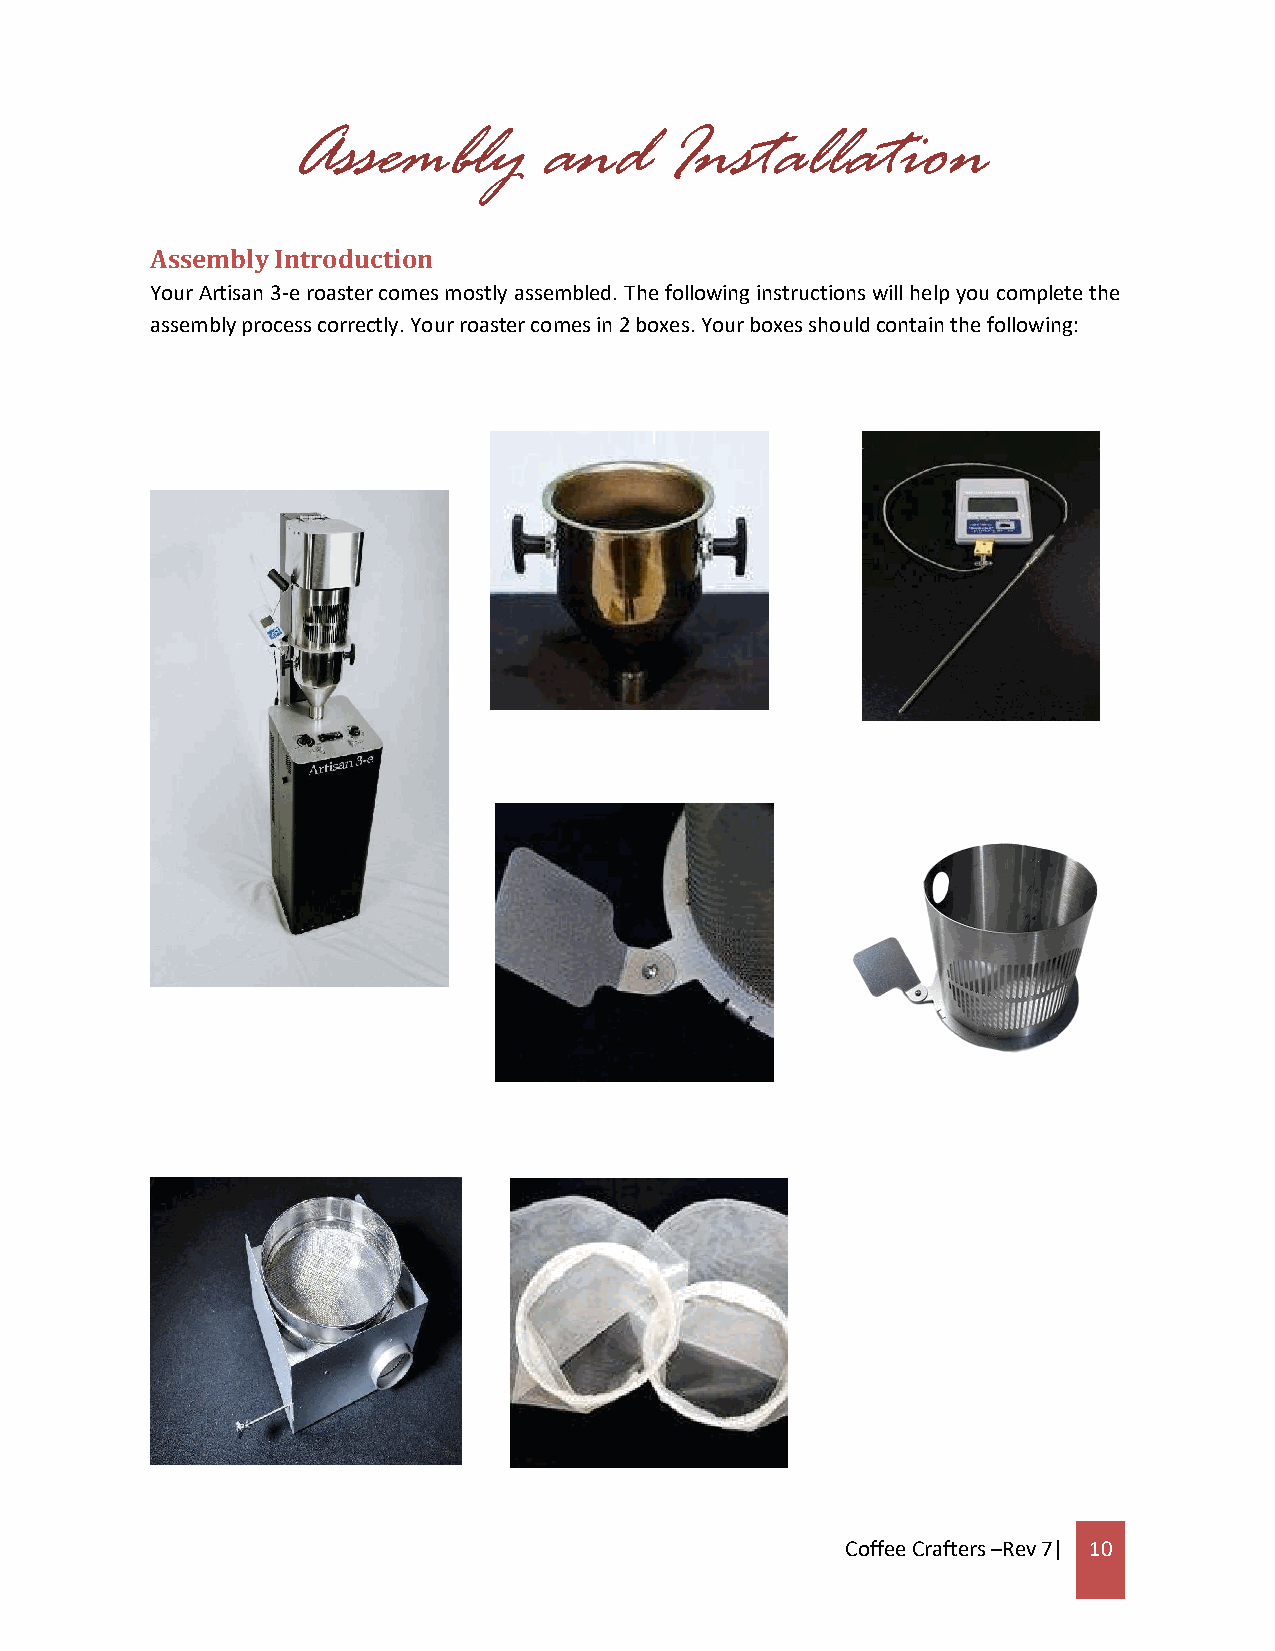
Assembly         and     Installation
 Assembly Introduction
 Your Artisan 3-e roaster comes mostly assembled. The following instructions will help you complete the
 assembly process correctly. Your roaster comes in 2 boxes. Your boxes should contain the following:
 Coffee Crafters –Rev 7| 10